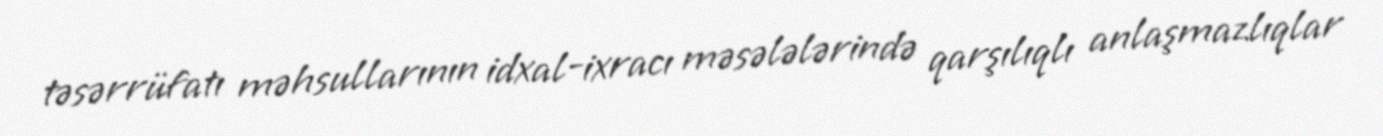
təsərrüfatı məhsullarının idxal-ixracı məsələlərində qarşılıqlı anlaşmazlıqlar